Report on vaccination in Madras 1877-1894 - 1877-1894
Year: 1877
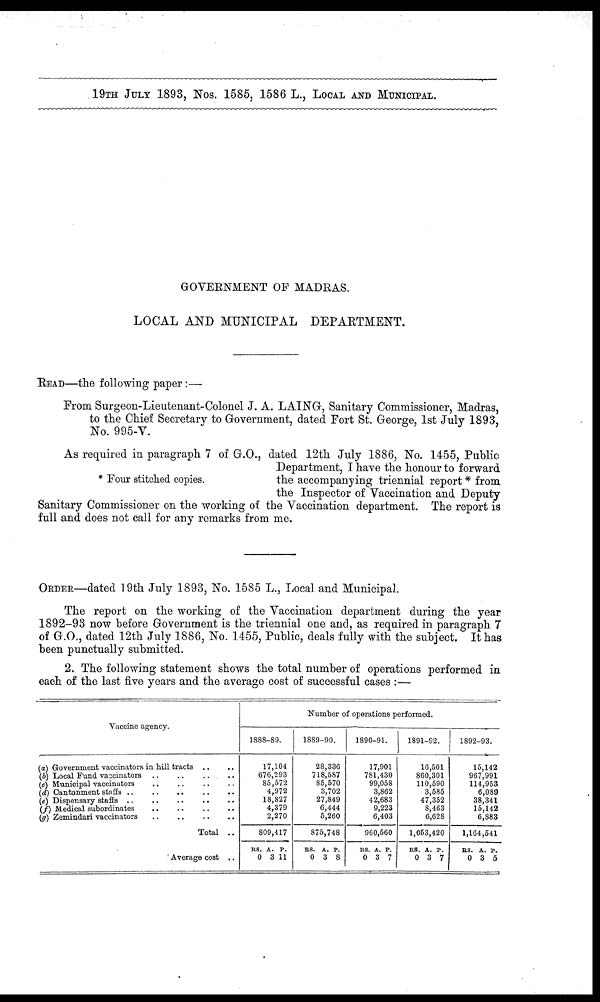
19TH JULY 1893, Nos. 1585, 1586 L., LOCAL AND MUNICIPAL.
GOVERNMENT OF MADRAS.
LOCAL AND MUNICIPAL DEPARTMENT.
READ—the following paper:—
From Surgeon-Lieutenant-Colonel J. A. LAING, Sanitary Commissioner, Madras,
to the Chief Secretary to Government, dated Fort St. George, 1st July 1893,
No. 995-V.
* Four stitched copies.
As required in paragraph 7 of G.O., dated 12th July 1886, No. 1455, Public
Department, I have the honour to forward
the accompanying triennial report * from
the Inspector of Vaccination and Deputy
Sanitary Commissioner on the working of the Vaccination department. The report is
full and does not call for any remarks from me.
ORDER—dated 19th July 1893, No. 1585 L., Local and Municipal.
The report on the working of the Vaccination department during the year
1892-93 now before Government is the triennial one and, as required in paragraph 7
of G.O., dated 12th July 1886, No. 1455, Public, deals fully with the subject. It has
been punctually submitted.
2. The following statement shows the total number of operations performed in
each of the last five years and the average cost of successful cases :—
Vaccine agency.
(a) Government vaccinators in hill tracts .. ..
(b) Local Fund vaccinators.. .. .. ..
(c) Municipal vaccinators.. .. .. ..
(d) Cantonment staffs.. .. .. ..
(e) Dispensary staffs.. .. .. ..
(f) Medical subordinators.. .. .. ..
(g)Zemindari vaccinators.. .. .. ..
Total ..
Average cost ..
Number of operations performed.
1888-89.
17,104
676,293
85,572
4,972
18,827
4,379
2,270
809,417
RS.
0
A.
3
P.
11
1889-90.
28,336
718,587
85,570
3,702
27,849
6,444
5,260
875,748
RS.
0
A.
3
P.
8
1890-91.
17,901
781,430
99,058
3,862
42,683
9,223
6,403
960,560
RS.
0
A.
3
P.
7
1891-92.
16,501
860,301
110,590
3,585
47,352
8,463
6,628
1,053,420
RS.
0
A.
3
P.
7
1892-93.
15,142
967,991
114,953
6,089
38,341
15,142
6,883
1,164,541
RS.
0
A.
3
P.
5